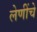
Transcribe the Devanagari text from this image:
लेणींचे